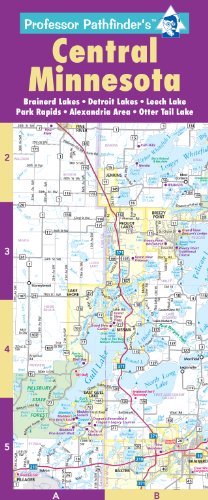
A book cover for Central Minnesota: Brainerd Lakes, Detroit Lakes, Leech Lake, Park Rapids, Alexandria Area, Otter Tail Lake; Hedberg Maps Inc; Travel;